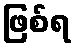
ဖြစ်ရ